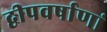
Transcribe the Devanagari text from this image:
द्वीपवर्षाणां